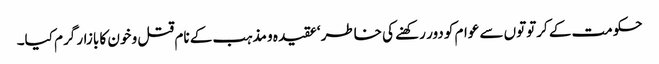
حکومت کے کرتوتوں سے عوام کو دور رکھنے کی خاطر ‘عقیدہ و مذہب کے نام قتل و خون کا بازار گرم کیا۔